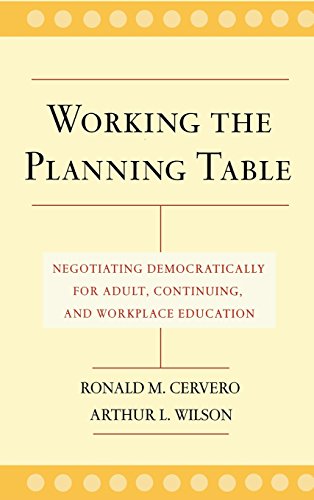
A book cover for Working the Planning Table: Negotiating Democratically for Adult, Continuing and Workplace Education; Ronald M. Cervero; Education & Teaching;